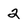
Character: 2